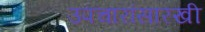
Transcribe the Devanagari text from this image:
उपचारांसारखी